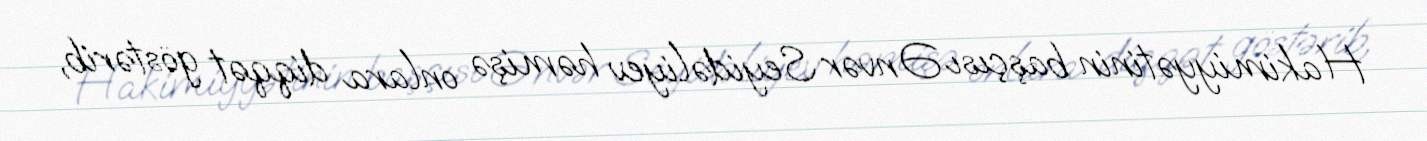
Hakimiyyətinin başçısı Ənvər Seyidəliyev həmişə onlara diqqət göstərib,